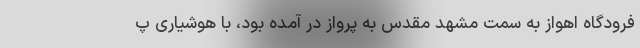
فرودگاه اهواز به سمت مشهد مقدس به پرواز در آمده بود، با هوشیاری پ